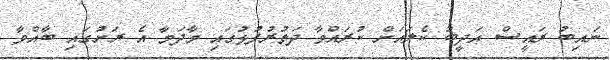
ނައިބު ރައީސް އަދީބު ކެލައަށް ކުރައްވާ ދަތުރުފުޅުގައި މާދަމާ އެ ރަށުގައި ބާއްވާ